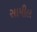
સામીલ